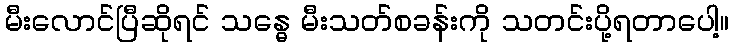
မီးလောင်ပြီဆိုရင် သန္ဓေ မီးသတ်စခန်းကို သတင်းပို့ရတာပေါ့။